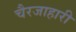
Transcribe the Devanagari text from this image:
चैरजाहारी